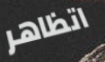
اتظاهر